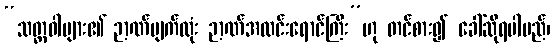
“သတ္တဝါများ၏ ဉာဏ်မျက်လုံး ဉာဏ်အလင်းရောင်ကြီး”ဟု တင်စား၍ ခေါ်ဆိုရပါမည်၊